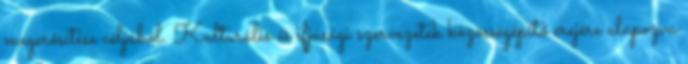
megerősítése céljából. Kulturális és ifjúsági szervezetek közösségépítő erejére alapozva